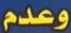
وعدم